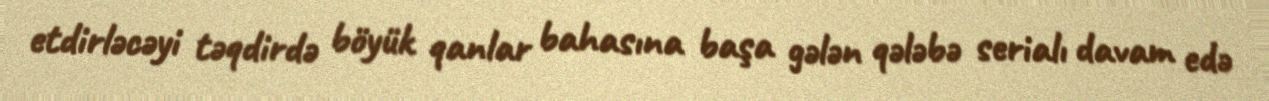
etdirləcəyi təqdirdə böyük qanlar bahasına başa gələn qələbə serialı davam edə